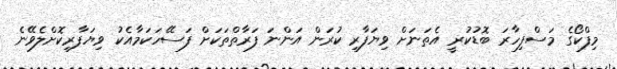
މިފްކޯގެ މަސްފިހާރަ ބޮޑުކުރީ އެތަަނަށް ވިޔަފާރި ކުރަން އަންނަ ފަރާތްތަކަށް ފަސޭހަކަމާއެކު ވިޔަފާރިކޮށްލެވޭނެ